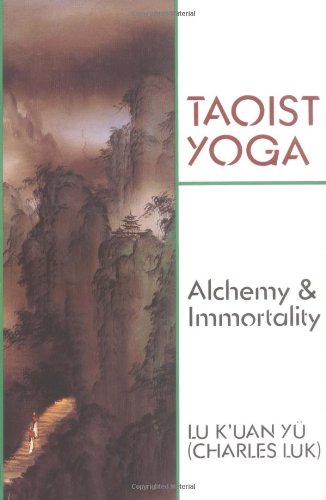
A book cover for Taoist Yoga: Alchemy & Immortality; Charles Luk; Religion & Spirituality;